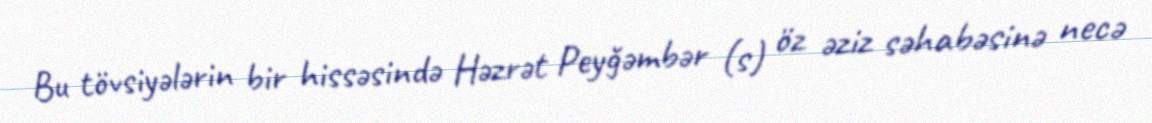
Bu tövsiyələrin bir hissəsində Həzrət Peyğəmbər (s) öz əziz səhabəsinə necə